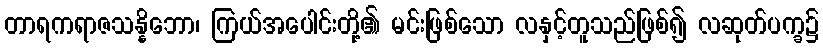
တာရကရာဇသန္နိဘော၊ ကြယ်အပေါင်းတို့၏ မင်းဖြစ်သော လနှင့်တူသည်ဖြစ်၍ လဆုတ်ပက္ခ၌